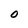
Character: O